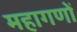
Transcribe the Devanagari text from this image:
महागणों